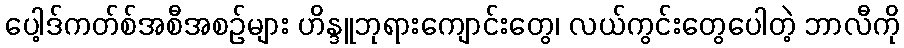
ပေါ့ဒ်ကတ်စ်အစီအစဉ်များ ဟိန္ဒူဘုရားကျောင်းတွေ၊ လယ်ကွင်းတွေပေါတဲ့ ဘာလီကို